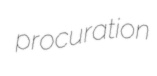
procuration